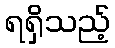
ရရှိသည့်